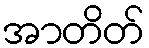
အာတိတ်